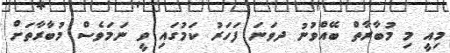
މިއީ މި މުބާރާތް ބޭއްވުނު ދވަނަ ފަހަރު ކަމުގައި ވީ ނަމަވެސް މުބާރާތަށް